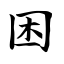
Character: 困